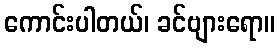
ကောင်းပါတယ်၊ ခင်ဗျားရော။